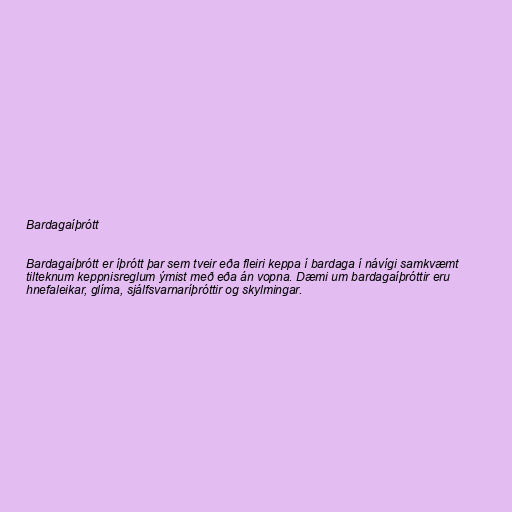
Bardagaíþrótt

Bardagaíþrótt er íþrótt þar sem tveir eða fleiri keppa í bardaga í návígi samkvæmt
tilteknum keppnisreglum ýmist með eða án vopna. Dæmi um bardagaíþróttir eru
hnefaleikar, glíma, sjálfsvarnaríþróttir og skylmingar.